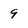
Character: 9